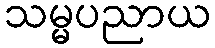
သမ္မပညာယ